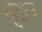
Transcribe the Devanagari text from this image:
क्षुद्रत्व